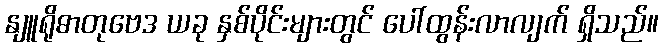
နျူရိုဓာတုဗေဒ ယခု နှစ်ပိုင်းများတွင် ပေါ်ထွန်းလာလျက် ရှိသည်။